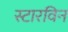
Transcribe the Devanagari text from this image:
स्टारविन